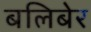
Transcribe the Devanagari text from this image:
बलिबेर